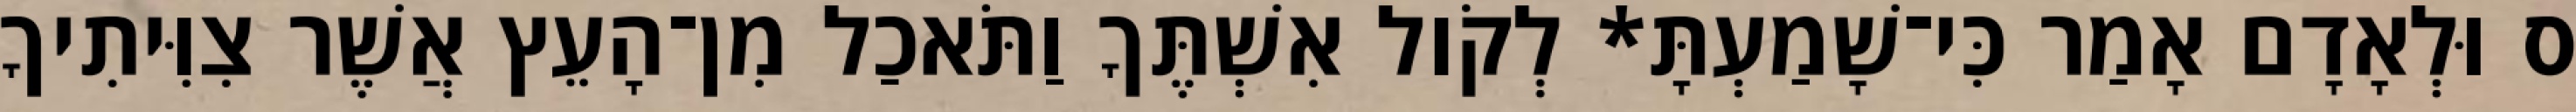
ס וּלְאָדָם אָמַר כִּי־שָׁמַעְתָּ* לְקֹול אִשְׁתֶּךָ וַתֹּאכַל מִן־הָעֵץ אֲשֶׁר צִוִּיתִיךָ